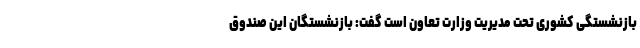
بازنشستگی کشوری تحت مدیریت وزارت تعاون است گفت: بازنشستگان این صندوق